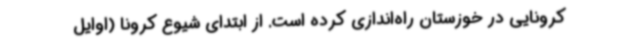
کرونایی در خوزستان راه‌اندازی کرده است. از ابتدای شیوع کرونا (اوایل